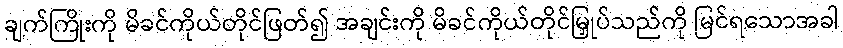
ချက်ကြိုးကို မိခင်ကိုယ်တိုင်ဖြတ်၍ အချင်းကို မိခင်ကိုယ်တိုင်မြှုပ်သည်ကို မြင်ရသောအခါ